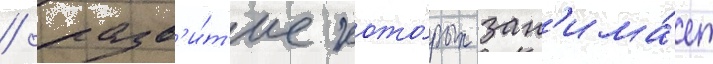
/ разв'и́т'ие кото́рых зан'има́ет